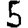
Digit: 5